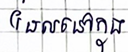
ដែលនៅក្នុង